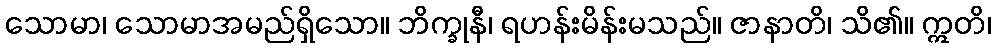
သောမာ၊ သောမာအမည်ရှိသော။ ဘိက္ခုနီ၊ ရဟန်းမိန်းမသည်။ ဇာနာတိ၊ သိ၏။ ဣတိ၊